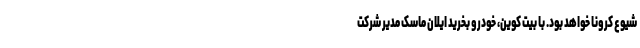
شیوع کرونا خواهد بود. با بیت کوین، خودرو بخرید ایلان ماسک مدیر شرکت